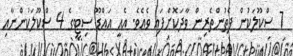
7 ސްކޫލަކުން ފެތުންތެރިން ވާދަކޮށްފައި ވެއެވެ. އެއީ އައްޑޫ ސިޓީގެ 4 ސްކޫލަކުންނާއި